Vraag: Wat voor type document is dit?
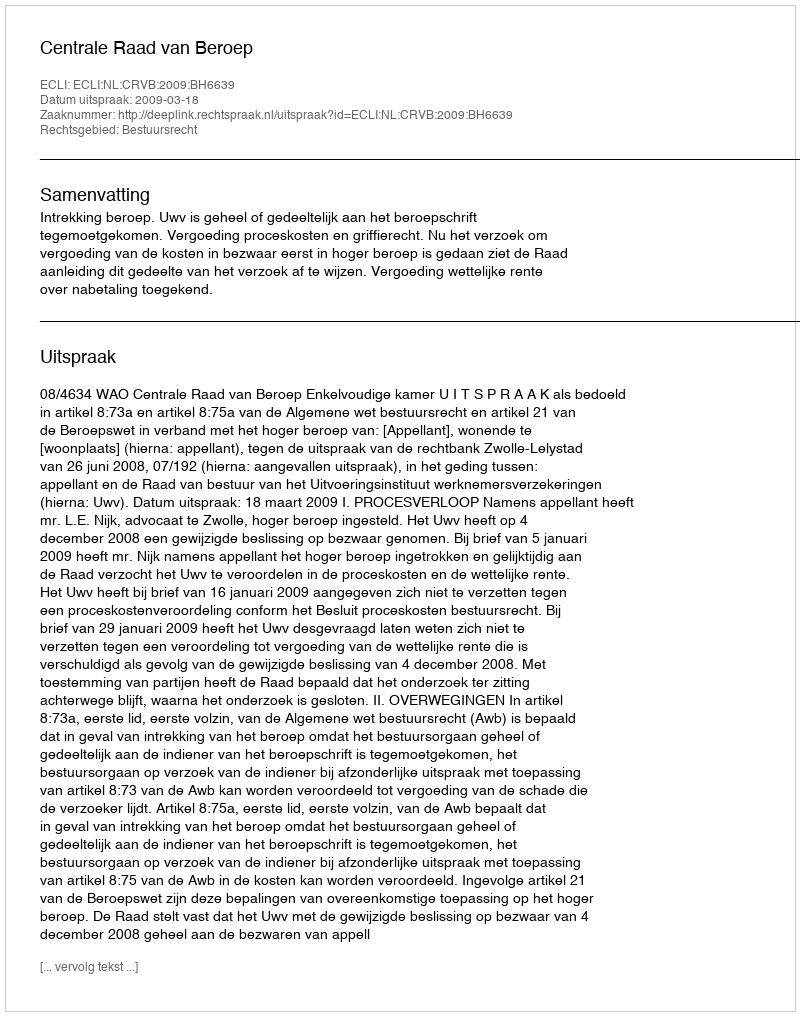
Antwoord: Uitspraak